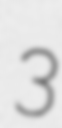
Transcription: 3